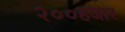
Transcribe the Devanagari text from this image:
२००हजार